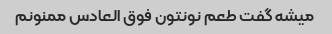
میشه گفت طعم نونتون فوق العادس ممنونم